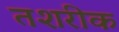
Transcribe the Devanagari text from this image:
तशरीक